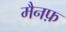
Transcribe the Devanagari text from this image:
मैनफ़